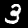
Label: 3